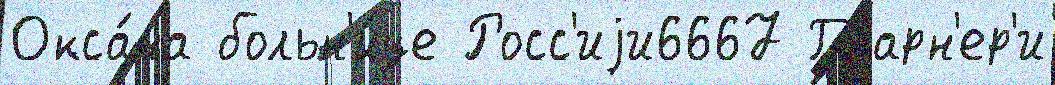
Окса́на больн'и́це Росс'иjи6667 Гварн'ер'и